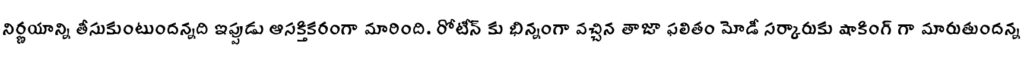
నిర్ణయాన్ని తీసుకుంటుందన్నది ఇప్పుడు ఆసక్తికరంగా మారింది. రోటీన్ కు భిన్నంగా వచ్చిన తాజా ఫలితం మోడీ సర్కారుకు షాకింగ్ గా మారుతుందన్న